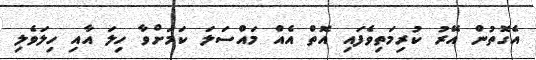
އެގޮތުން އޭރު ކުރިމަތިވެފައި އޮތް އެއް މައްސަލަ ކަމަށްވާ ހިލަ އާއި ހިލަވެލި